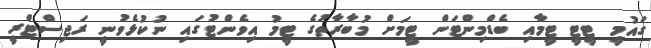
ގައުމީ ޓީޓީ ޓީމާއި ބެޑްމިންޓަން ޓީމަށް މުބާރާތުގެ ޓީމު އިވެންޓުގައި ނުކުޅެވުނީ ރަޖިސްޓްރީ